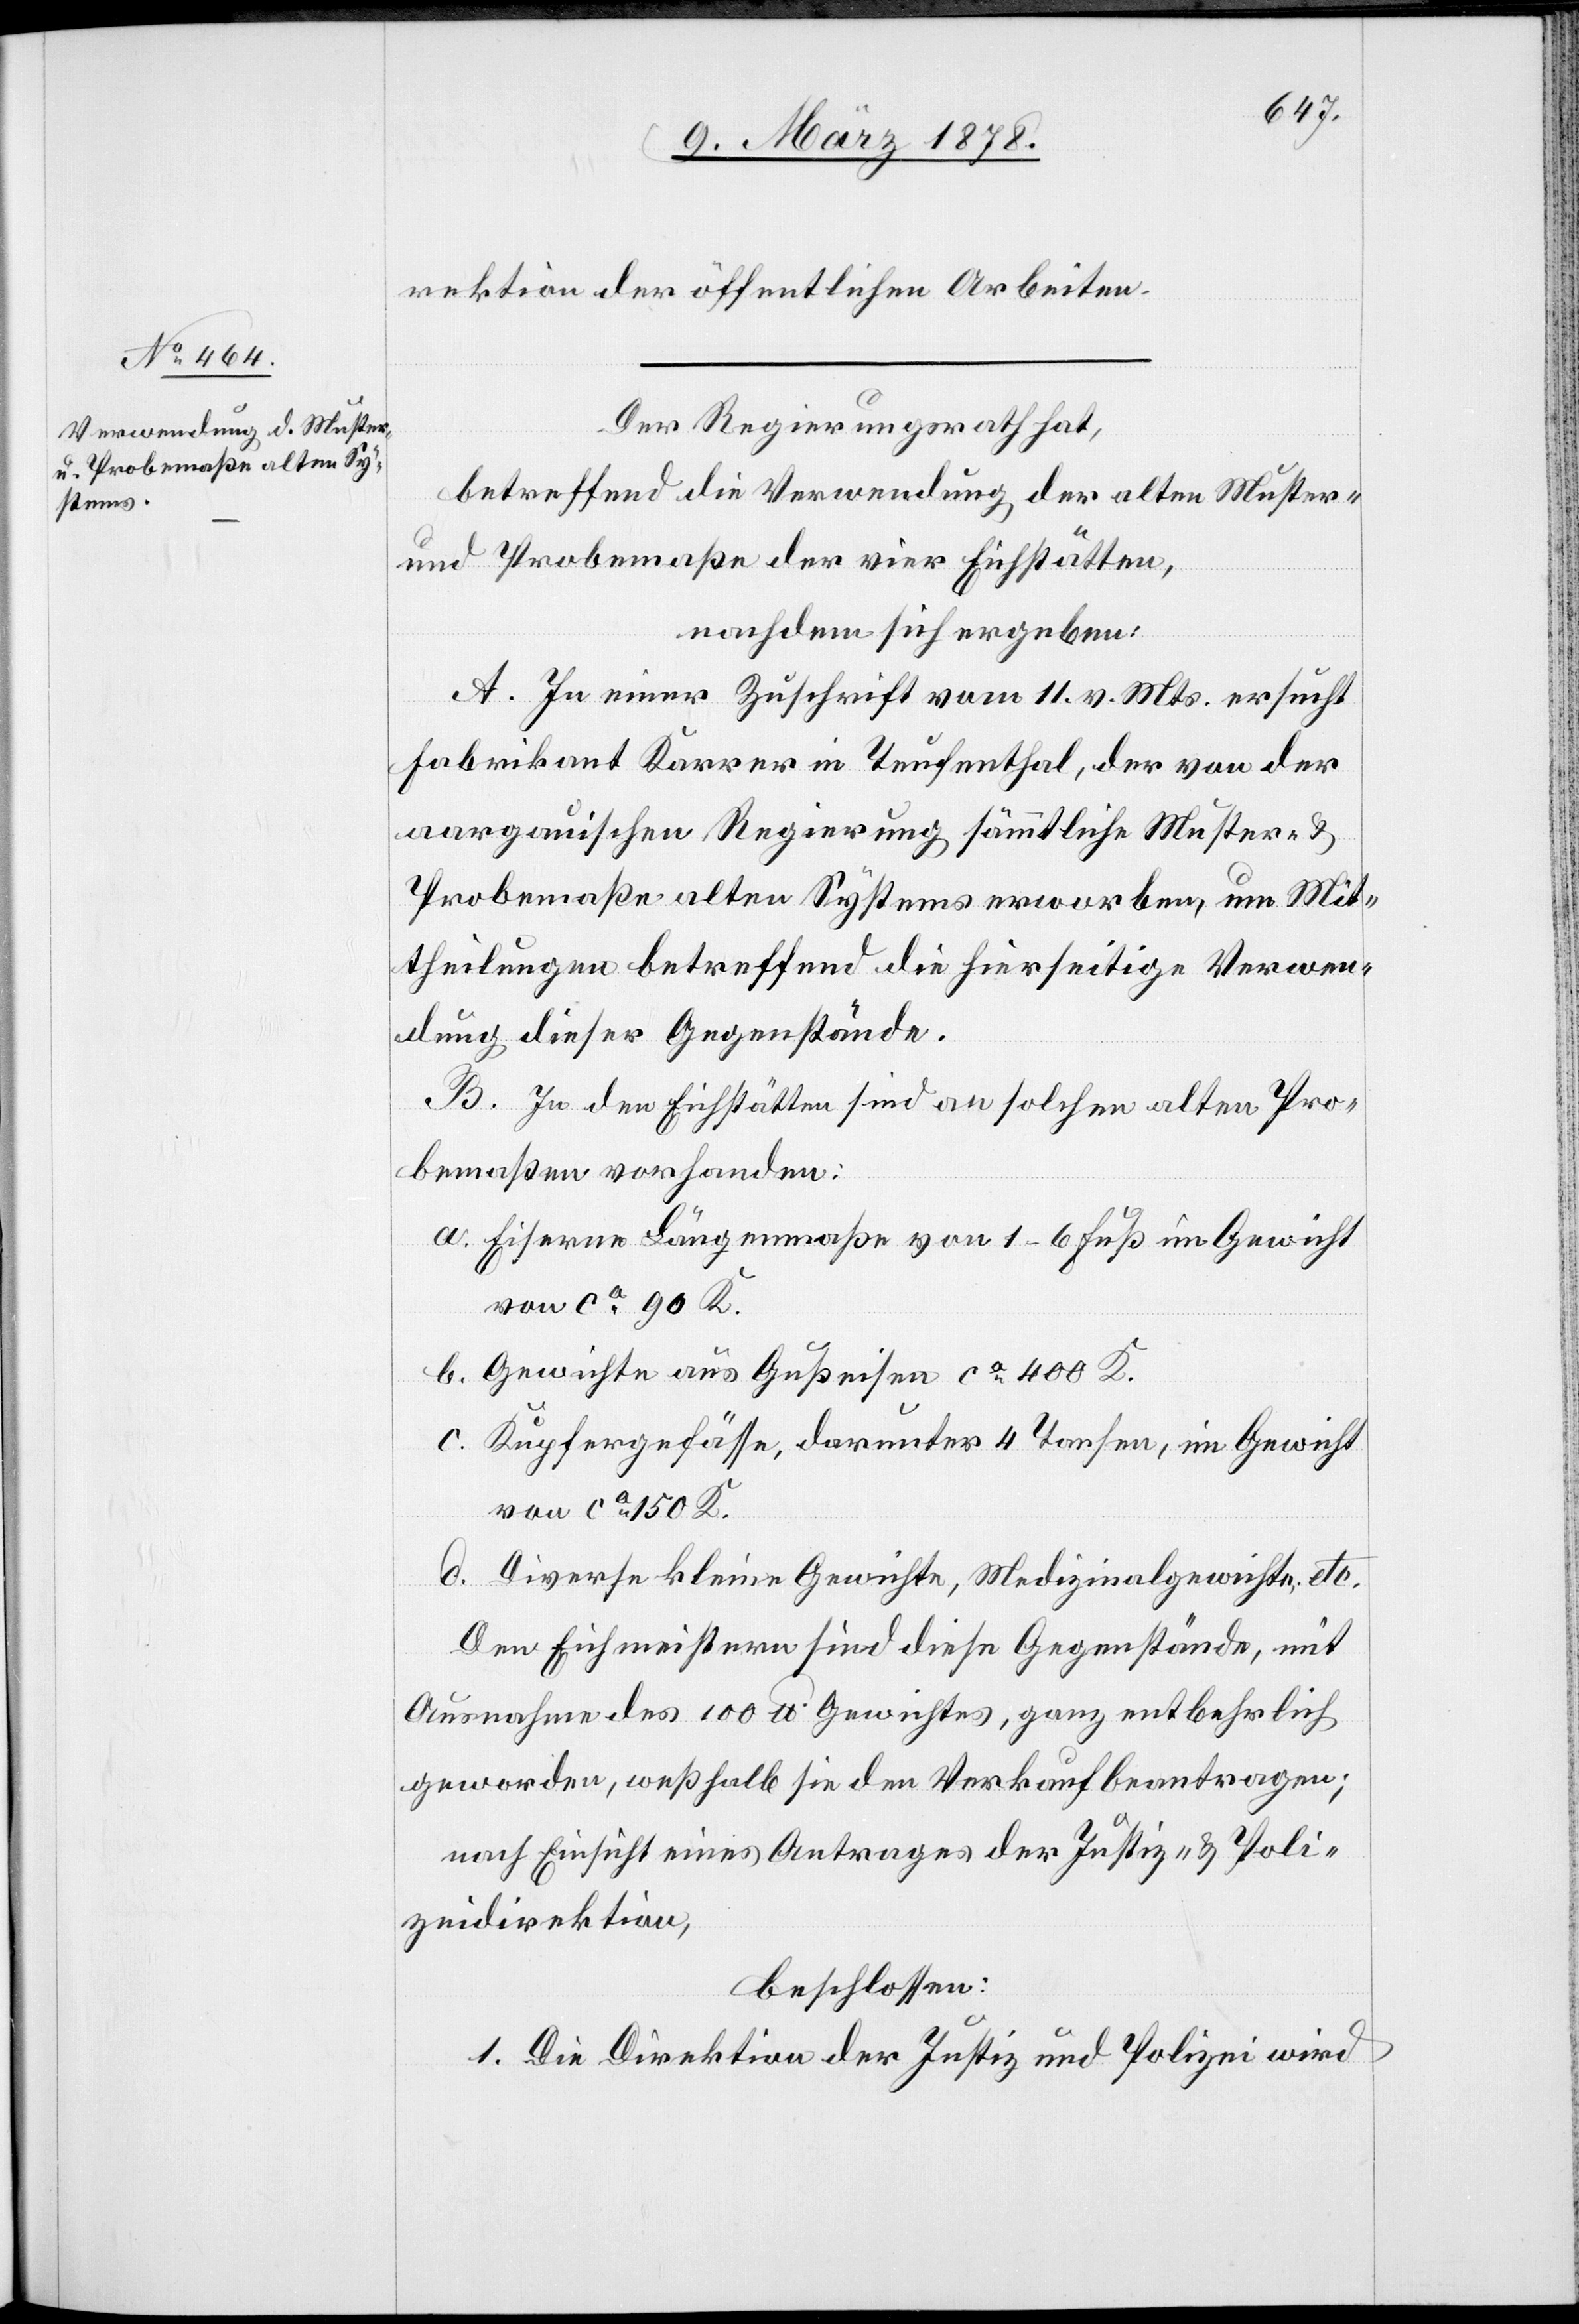
rektion der öffentlichen Arbeiten.
Der Regierungsrath hat,
betreffend die Verwendung der alten Muster
und Probemaße der vier Eichstätten,
nachdem sich ergeben:
A. In einer Zuschrift vom 11. v. Mts. ersucht
Fabrikant Karrer in Teufenthal, der von der
aargauischen Regierung sämmtliche Muster- &
Probemaße alten Systems erworben, um Mit¬
theilungen betreffend die hierseitige Verwen¬
dung dieser Gegenstände.
B. In den Eichstätten sind an solchen alten Pro¬
bemaßen vorhanden:
a. Eiserne Längenmaße von 1–6 Fuß im Gewicht
von ca 90 K.
b. Gewichte aus Gußeisen ca 400 K.
c. Kupfergefässe, darunter 4 Torsen, im Gewicht
von ca 150 K.
d. Diverse kleine Gewichte, Medizinalgewichte etc.
Den Eichmeistern sind diese Gegenstände, mit
Ausnahme des 100 lb. Gewichtes, ganz entbehrlich
geworden, weßhalb sie den Verkauf beantragen;
nach Einsicht eines Antrages der Justiz- & Poli¬
zeidirektion,
beschlossen:
1. Die Direktion der Justiz und Polizei wird